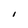
Character: I